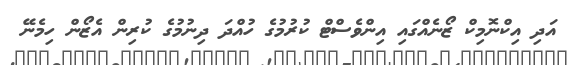
އަދި އިކްނޮމިކް ޒޯނެއްގައި އިންވެސްޓް ކުރުމުގެ ހުއްދަ ދިނުމުގެ ކުރިން އެޒޯން ހިމެނޭ